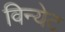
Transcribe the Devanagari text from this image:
विन्येट